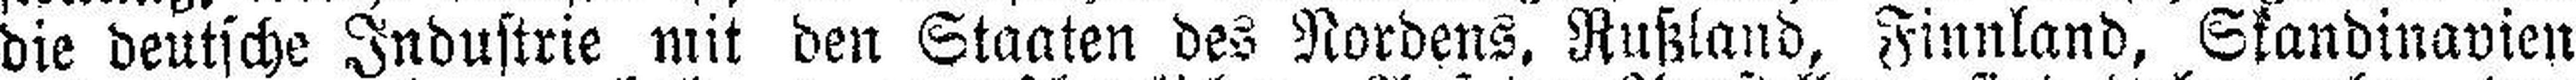
die deutsche Industrie mit den Staaten des Nordens. Rußland, Finnland, Skandinavien